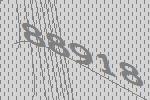
88918